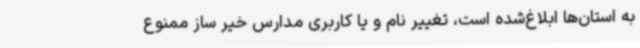
به استان‌ها ابلاغ‌شده است، تغییر نام و یا کاربری مدارس خیر ساز ممنوع